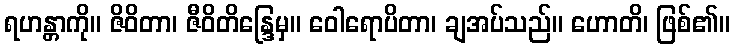
ရဟန္တာကို။ ဇိဝိတာ၊ ဇီဝိတိန္ဒြေမှ။ ဝေါရောပိတာ၊ ချအပ်သည်။ ဟောတိ၊ ဖြစ်၏။